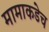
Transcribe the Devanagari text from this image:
मामाकडेच